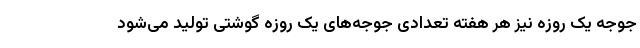
جوجه یک روزه نیز هر هفته تعدادی جوجه‌های یک روزه گوشتی تولید می‌شود